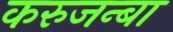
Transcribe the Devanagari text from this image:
करुजन्बा